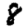
Digit: 8